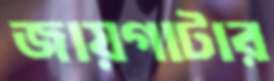
জায়গাটার